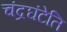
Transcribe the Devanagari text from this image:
चंद्रघंटेति